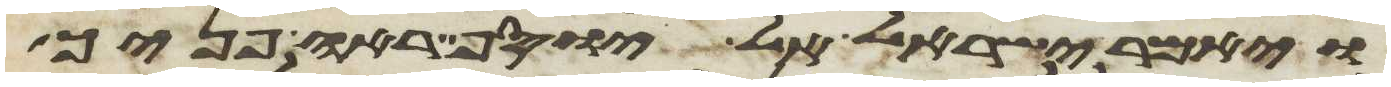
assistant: ויאמר ישראל אל יוסף ראה פניך